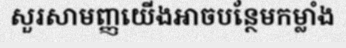
សួរសាមញ្ញយើងអាចបន្ថែមកម្លាំង